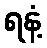
ရနံ့